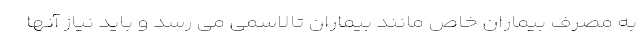
به مصرف بیماران خاص مانند بیماران تالاسمی می رسد و باید نیاز آنها